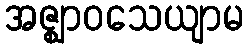
အဇ္ဈာဝသေယျာမ